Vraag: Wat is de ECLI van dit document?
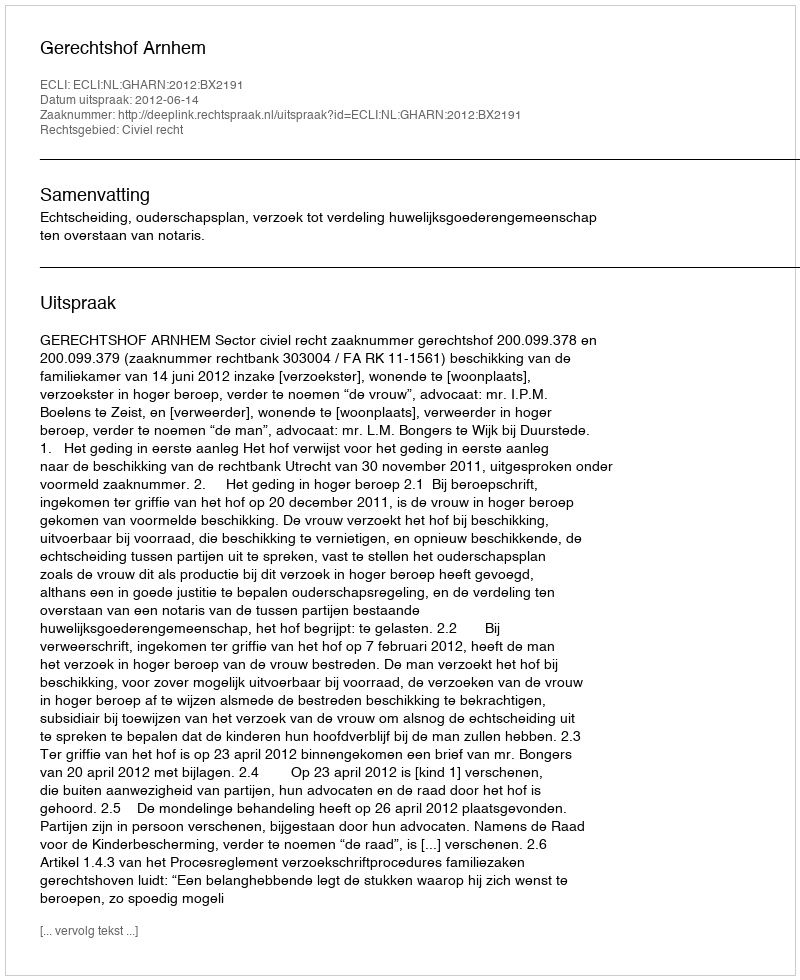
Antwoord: ECLI:NL:GHARN:2012:BX2191